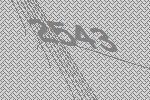
2543